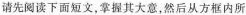
请先阅读下面短文,掌握其大意,然后从方框内所